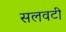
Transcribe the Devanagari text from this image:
सलवटी